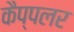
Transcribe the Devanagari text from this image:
कैप्पलर